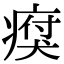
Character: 𤸗